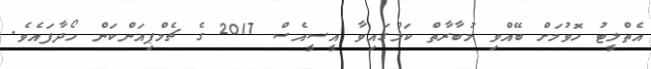
އެތްލީޓު ހޮވުމަށް ބޭއްވި މުބާރާތް ކަމުގައިވާ އީސީއެސް 2017 ގެ ޗެމްޕިއަންކަން ހޯދާފައެވެ.